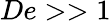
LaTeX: De>>1